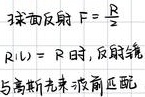
$3$ 米加反射 $F=\frac {R}{2}$

$R(λ)=R$ 时，反射镜
与高斯光束波前匹配